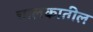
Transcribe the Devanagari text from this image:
चालकातील